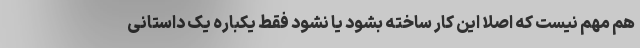
هم مهم نیست که اصلا این کار ساخته بشود یا نشود فقط یکباره یک داستانی